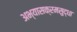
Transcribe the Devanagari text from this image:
अभ्यासक्रमसुद्धा